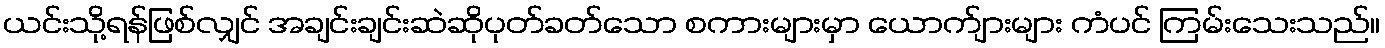
ယင်းသို့ရန်ဖြစ်လျှင် အချင်းချင်းဆဲဆိုပုတ်ခတ်သော စကားများမှာ ယောက်ျားများ ကံပင် ကြမ်းသေးသည်။